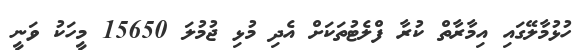
ހުޅުމާލޭގައި އިމާރާތް ކުރާ ފްލެޓުތަކަށް އެދި މުޅި ޖުމުލަ 15650 މީހަކު ވަނީ